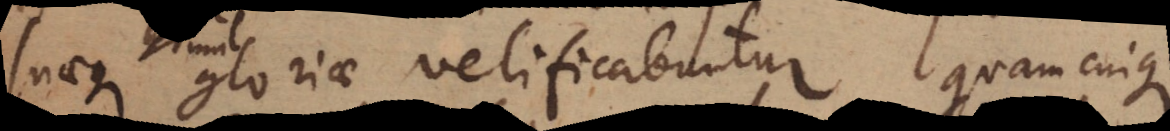
suaeque gloriae velificabuntur, quam cuique